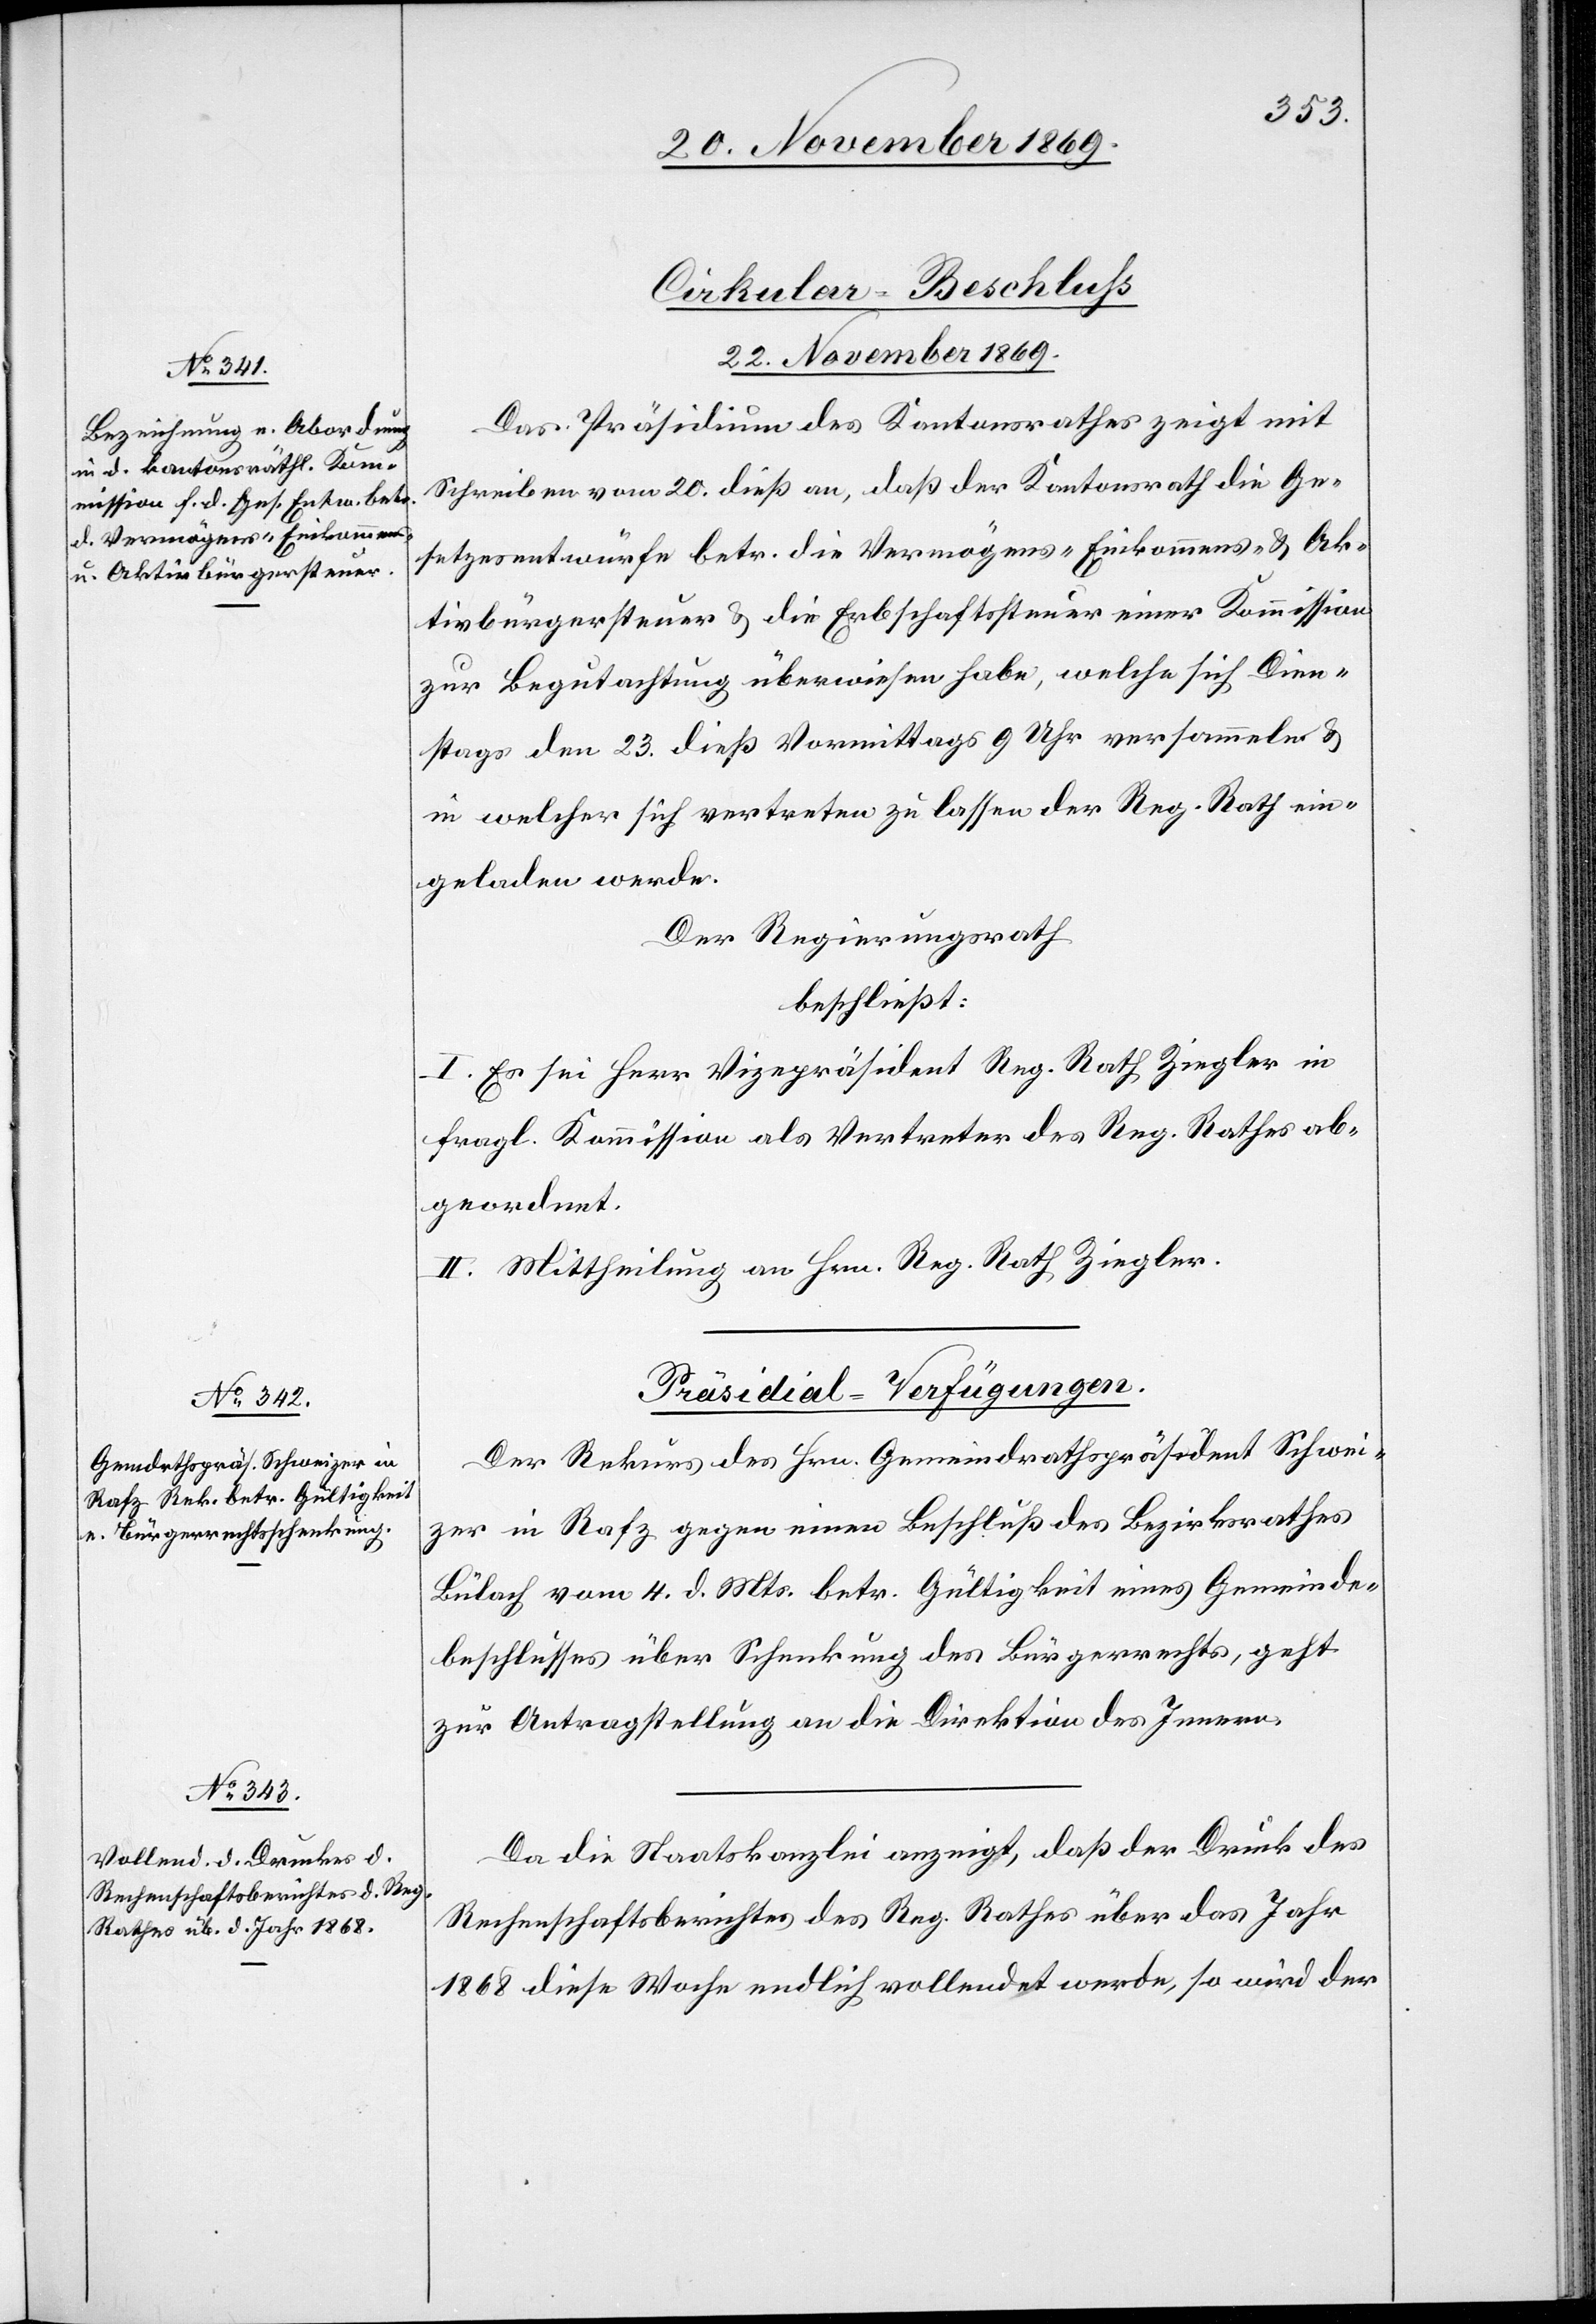
Cirkular-Beschluss
22. November 1869.]
Das Präsidium des Kantonsrathes zeigt mit
Schreiben vom 20. dieß an, daß der Kantonsrath die Ge¬
setzesentwürfe betr. die Vermögens-[,] Einkommens- & Ak¬
tivbürgersteuer & die Erbschaftssteuer einer Kommission
zur Begutachtung überwiesen habe, welche sich Dien¬
stags den 23. dieß Vormittags 9 Uhr versammeln &
in welcher sich vertreten zu lassen der Reg. Rath ein¬
geladen werde.
Der Regierungsrath
beschließt:
I. Es sei Herr Vizepräsident Reg. Rath Ziegler in
fragl. Kommission als Vertreter des Reg. Rathes ab¬
geordnet.
II. Mittheilung an Hrn. Reg. Rath Ziegler.
[Präsidial-Verfügungen.
Der Rekurs des Hrn. Gemeindrathspräsident Schwei¬
zer in Rafz gegen einen Beschluß des Bezirksrathes
Bülach vom 4. d. Mts. betr. Gültigkeit eines Gemeinde¬
beschlusses über Schenkung des Bürgerrechts, geht
zur Antragstellung an die Direktion des Innern.
Da die Staatskanzlei anzeigt, daß der Druck des
Rechenschaftsberichtes des Reg. Rathes über das Jahr
1868 diese Woche endlich vollendet werde, so wird der